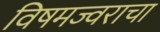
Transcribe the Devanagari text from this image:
विषमज्वराचा